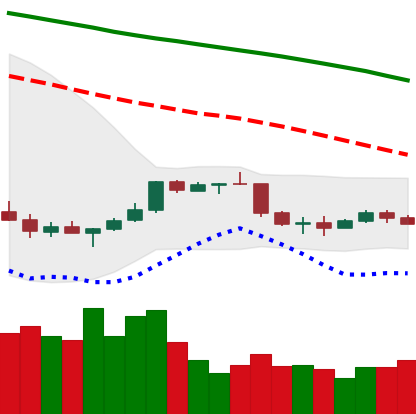
Ticker: NEO-USD
Chart end date: 2022-01-04
Forward return: -9.154%
Label: down_7plus